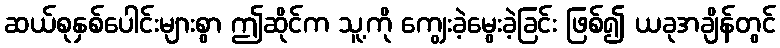
ဆယ်စုနှစ်ပေါင်းများစွာ ဤဆိုင်က သူ့ကို ကျွေးခဲ့မွေးခဲ့ခြင်း ဖြစ်၍ ယခုအချိန်တွင်